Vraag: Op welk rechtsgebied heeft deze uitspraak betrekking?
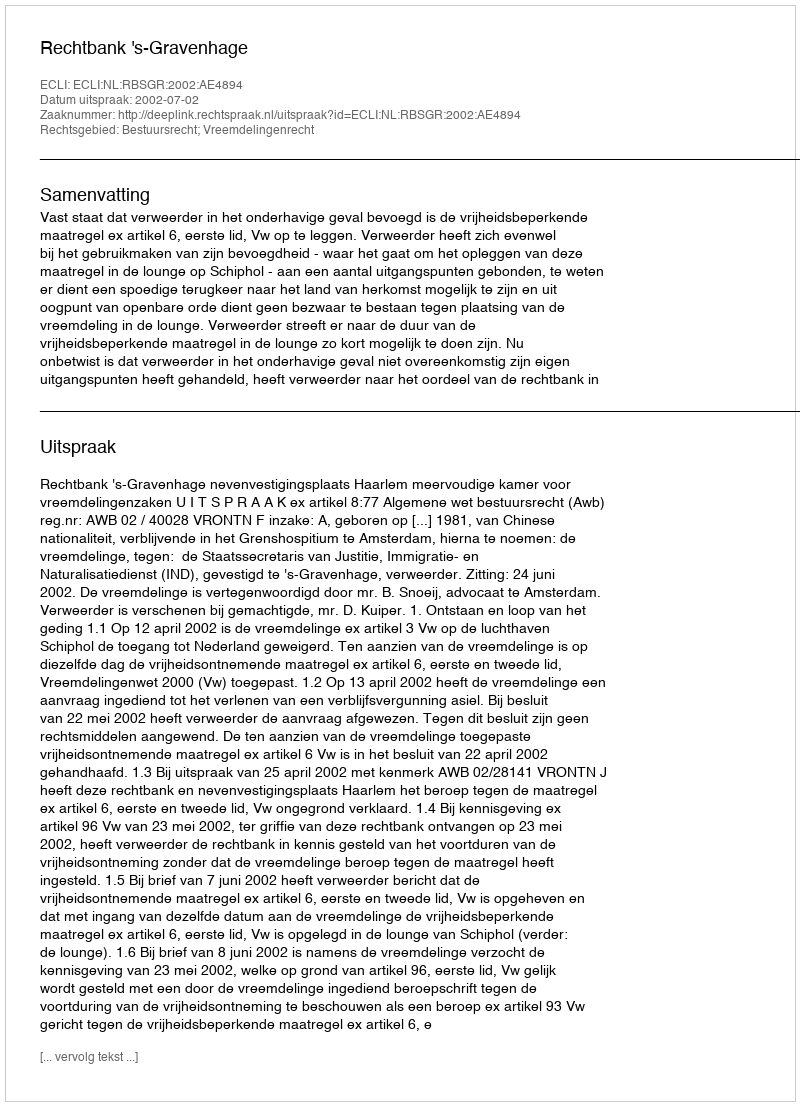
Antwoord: Bestuursrecht; Vreemdelingenrecht